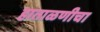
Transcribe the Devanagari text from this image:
हाताळणीचा